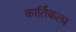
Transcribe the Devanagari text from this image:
कार्तिकला